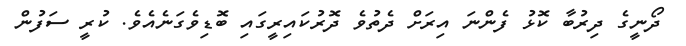
ދޯނީގެ ދިރުބާ ކޮޅު ފެންނަ އިރަށް ދެތުވެ ދޮރުކައިރީގައި ބޮޑިވެގަނެއެވެ. ކުރީ ސަފުން